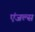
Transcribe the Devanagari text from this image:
एंजल्‍स